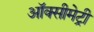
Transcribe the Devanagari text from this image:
ऑक्सीमेट्री